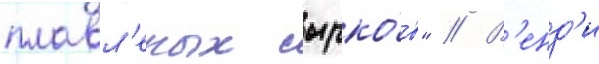
плавл'еных сырко́в" // В'енд'и